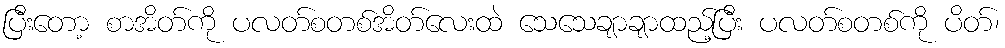
ပြီးတော့ စာအိတ်ကို ပလတ်စတစ်အိတ်လေးထဲ သေသေချာချာထည့်ပြီး ပလတ်စတစ်ကို ပိတ်၊